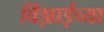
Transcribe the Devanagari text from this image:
विंझाईच्या